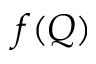
f ( Q )